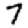
Digit: 7